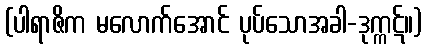
(ပါရာဇိက မလောက်အောင် ပုပ်သောအခါ-ဒုက္ကဋ်။)